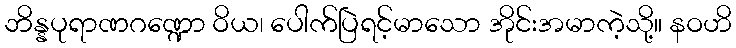
ဘိန္နပုရာဏဂဏ္ဍော ဝိယ၊ ပေါက်ပြဲရင့်မာသော အိုင်းအမာကဲ့သို့။ နဝဟိ